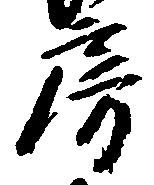
房